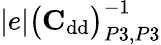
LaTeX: |e|\big(\mathrm{\textbf{C}}_{\mathrm{dd}}\big)_{P3,P3}^{-1}